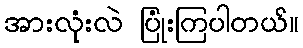
အားလုံးလဲ ပြုံးကြပါတယ်။